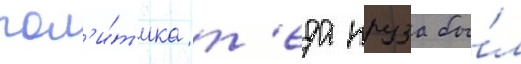
пол'и́т'ика т'еда круза бы́л